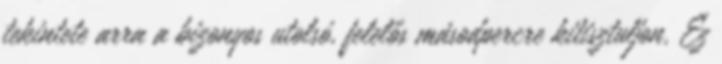
tekintete arra a bizonyos utolsó, felelős másodpercre kitisztuljon. Ez